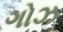
ગોઝ